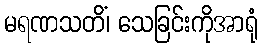
မရဏသတိံ၊ သေခြင်းကိုအာရုံ